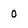
Character: 0